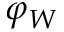
\varphi _ { W }